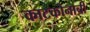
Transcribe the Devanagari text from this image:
काटकोनाची